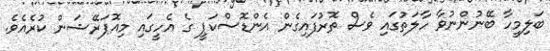
ބަލިމީހާ ބޭނުންނުވާ ހާލަތުގައި ވެސް ތޮރުފައިގެން އެންޑޮސްކަޕީ ގެ އެހީގައި މިއޮޕަރޭޝަން ކުރެއެވެ.